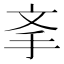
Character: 𰓉